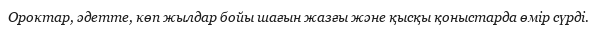
Ороктар, әдетте, көп жылдар бойы шағын жазғы және қысқы қоныстарда өмір сүрді.